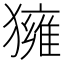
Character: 𤢐